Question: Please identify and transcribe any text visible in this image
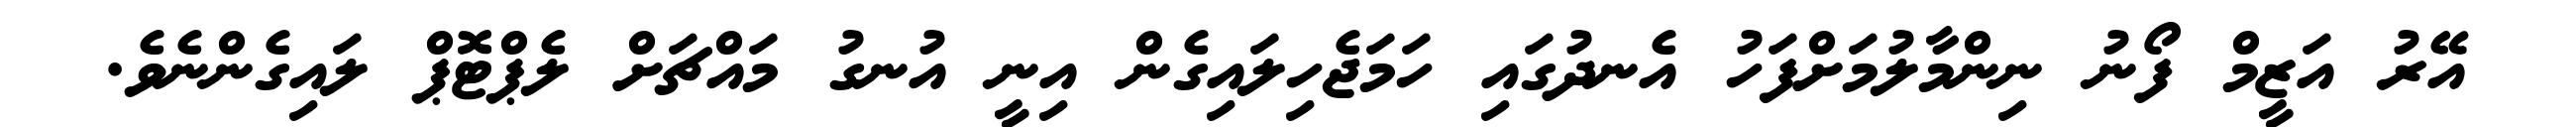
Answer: އޭރު އަޒީމް ފޯނު ނިންމާލުމަށްފަހު އެނދުގައި ހަމަޖެހިލައިގެން އިނީ އުނގު މައްޗަށް ލެޕްޓޮޕް ލައިގެންނެވެ.